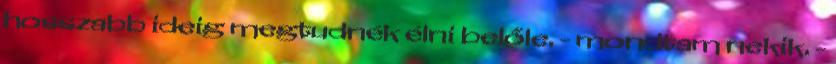
hosszabb ideig megtudnék élni belőle. - mondtam nekik. -